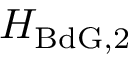
H _ { \mathrm { B d G } , 2 }